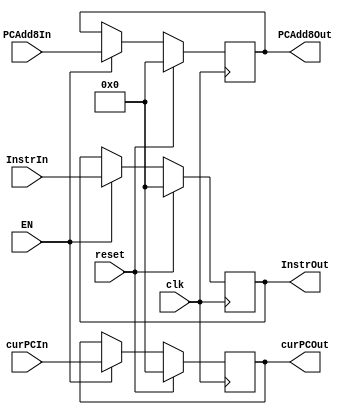
`timescale 1ns / 1ps
//////////////////////////////////////////////////////////////////////////////////
// Company: 
// Engineer: 
// 
// Design Name: 
// Module Name:    FDreg 
// Project Name: 
// Target Devices: 
// Tool versions: 
// Description: 
//
// Dependencies: 
//
// Revision: 
// Revision 0.01 - File Created
// Additional Comments: 
//
//////////////////////////////////////////////////////////////////////////////////
module FDreg(
	input clk,
	input reset,
	input EN,
    input [31:0] InstrIn,
    input [31:0] PCAdd8In,
	input [31:0] curPCIn,
    output [31:0] InstrOut,
    output [31:0] PCAdd8Out,
	output [31:0] curPCOut
    );
	
	reg [31:0] Instr=0,PCAdd8=0,curPC=0;
	
	assign InstrOut=Instr;
	assign PCAdd8Out=PCAdd8;
	assign curPCOut=curPC;
	
	always @ (posedge clk)
	begin
		if(reset)
		begin
			Instr<=0;
			PCAdd8<=0;
			curPC<=0;
		end
		else
		begin
			if(EN)
			begin
				Instr<=InstrIn;
				PCAdd8<=PCAdd8In;
				curPC<=curPCIn;
			end
		end
	end
	
endmodule